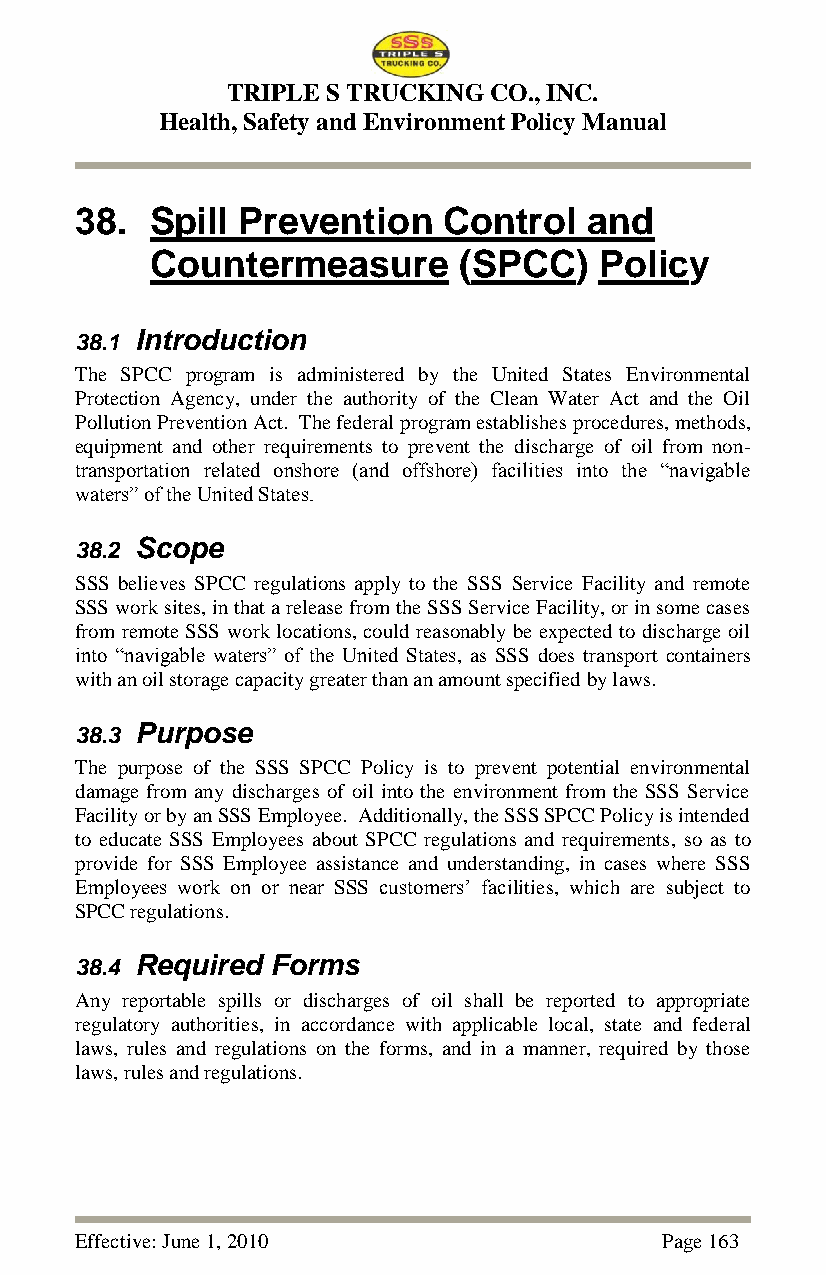
TRIPLE S TRUCKING CO., INC.
 Health, Safety and Environment Policy Manual
 38.  Spill Prevention   Control   and
 Countermeasure      (SPCC)    Policy
 38.1 Introduction
 The SPCC program is administered by the United States Environmental
 Protection Agency, under the authority of the Clean Water Act and the Oil
 Pollution Prevention Act. The federal program establishes procedures, methods,
 equipment and other requirements to prevent the discharge of oil from non-
 transportation related onshore (and offshore) facilities into the ―navigable
 waters‖ of the United States.
 38.2 Scope
 SSS believes SPCC regulations apply to the SSS Service Facility and remote
 SSS work sites, in that a release from the SSS Service Facility, or in some cases
 from remote SSS work locations, could reasonably be expected to discharge oil
 into ―navigable waters‖ of the United States, as SSS does transport containers
 with an oil storage capacity greater than an amount specified by laws.
 38.3 Purpose
 The purpose of the SSS SPCC Policy is to prevent potential environmental
 damage from any discharges of oil into the environment from the SSS Service
 Facility or by an SSS Employee. Additionally, the SSS SPCC Policy is intended
 to educate SSS Employees about SPCC regulations and requirements, so as to
 provide for SSS Employee assistance and understanding, in cases where SSS
 Employees work on or near SSS customers‘ facilities, which are subject to
 SPCC regulations.
 38.4 Required Forms
 Any reportable spills or discharges of oil shall be reported to appropriate
 regulatory authorities, in accordance with applicable local, state and federal
 laws, rules and regulations on the forms, and in a manner, required by those
 laws, rules and regulations.
 Effective: June 1, 2010                Page 163